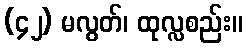
(၄၂) မလွတ်၊ ထုလ္လစည်း။